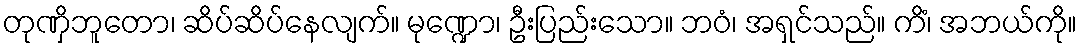
တုဏှိဘူတော၊ ဆိပ်ဆိပ်နေလျက်။ မုဏ္ဍော၊ ဦးပြည်းသော။ ဘဝံ၊ အရှင်သည်။ ကိံ၊ အဘယ်ကို။